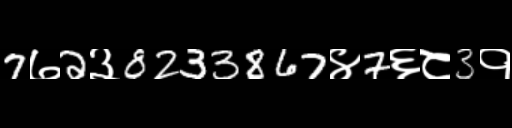
Text: 7७2३8233867४7६८3१